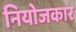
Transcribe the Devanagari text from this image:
नियोजकार